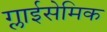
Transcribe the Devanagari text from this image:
ग्लाईसेमिक